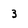
Character: 3